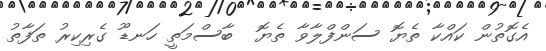
އެގޮތުން ކައްކާ ތެޔޮ ސަންފްލާވާ ތެޔޮ  ބާސްމަތީ ހަނޑޫ ގެރިކިރު ތަފާތު